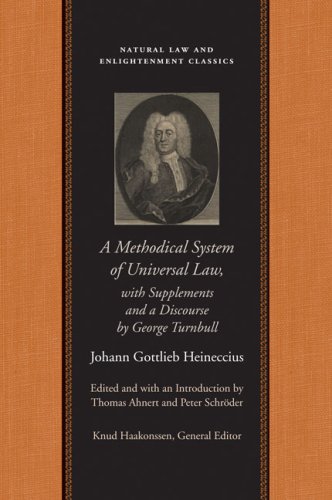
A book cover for Methodical System of Universal Law: Or, the Laws of Nature and Nations, with Supplements and a Discourse by George Turnbull, A (Natural Law Paper); Johann Gottlieb Heineccius; Law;